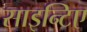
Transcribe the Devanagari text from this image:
साइन्टिए